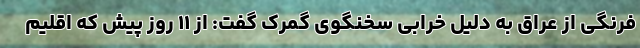
فرنگی از عراق به دلیل خرابی سخنگوی گمرک گفت: از ۱۱ روز پیش که اقلیم